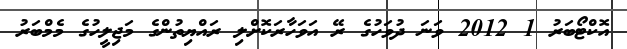
އޮކްޓޯބަރު 1 2012 ވަނަ ދުވަހުގެ ރޭ އަވަހާރަކޮށްލި ރައްޔިތުންގެ މަޖިލީހުގެ މެމްބަރު